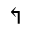
\Lsh